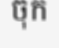
ចុក